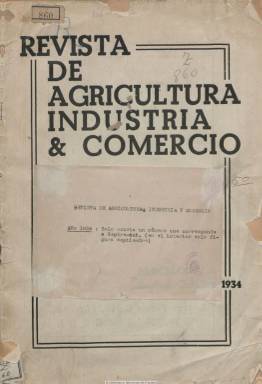
Título: Revista de agricultura, industria & comercio
Otros títulos: Revista de agricultura, industria y comercio
Colección: Agricultura y ganadería || Industria
Ámbito geográfico: Barcelona
Lugar de publicación: Barcelona
Fechas: 01/09/1934-30/09/1934

Es una publicación del Bureau Internacional de Expansión del Comercio y la Industria, cuyo único número de la colección de la Biblioteca Nacional de España corresponde a septiembre de 1934, de 52 páginas y compuesto a dos columnas. Se desconoce si editó más entregas bajo este título, que contiene además de artículos sobre asuntos comerciales, como la VII Fira de Barcelona, algunos otros  sobre turismo de las comarcas catalanas, como es el caso de la Seu d’Urgell. Entre sus firmas aparece la de Manuel Armengol Espeig. Sus textos están escritos en catalán y castellano, inserta fotografías y publicidad comercial, también ilustrada con fotograbados. El mismo Bureau editó Activitas, una revista correspondiente a 1932-1933, con textos sobre la I Feria Comercial de Gerona, y en 1934 publicó asimismo Informaciones estadísticas ilustradas, de 280 páginas.